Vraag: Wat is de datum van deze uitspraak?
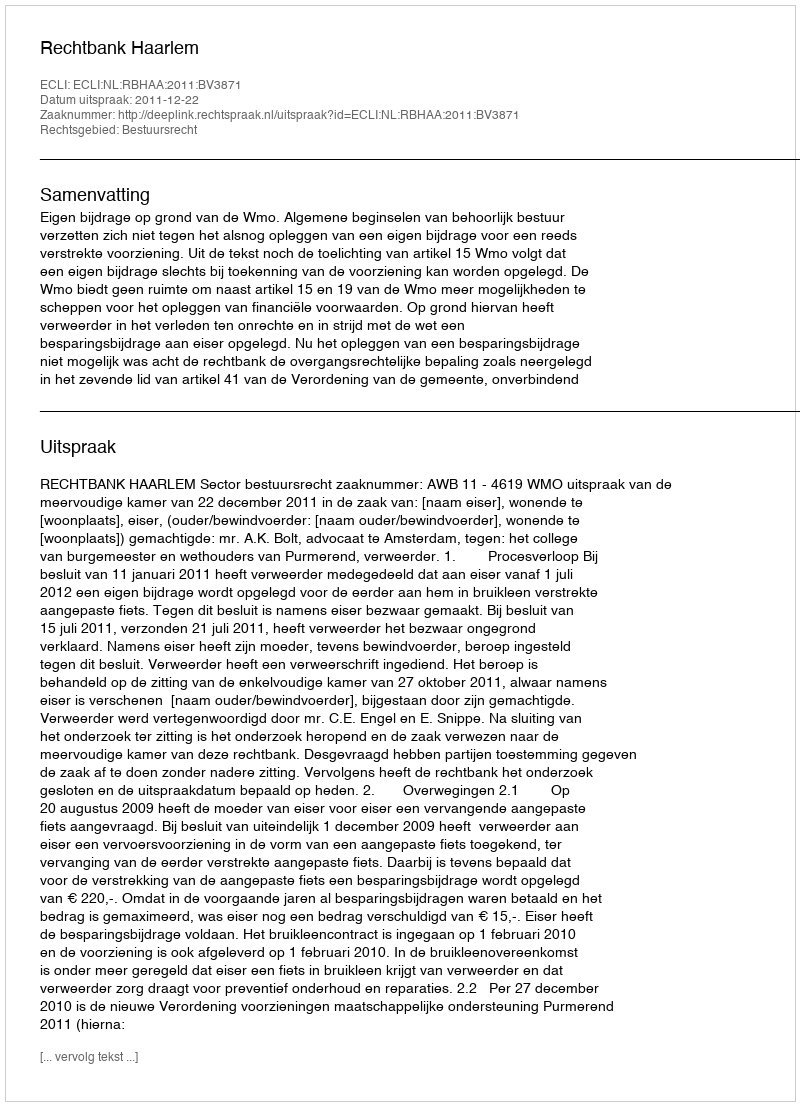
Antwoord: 2011-12-22